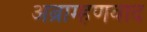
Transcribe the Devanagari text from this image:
अब्राम्हणवाद